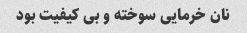
نان خرمایی سوخته و بی کیفیت بود